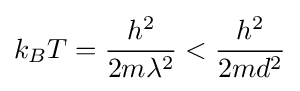
k_{B}T={\frac {h^{2}}{2m\lambda ^{2}}}<{\frac {h^{2}}{2md^{2}}}